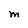
Character: M